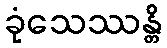
ခုံသေဿန္တိ